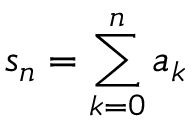
s _ { n } = \sum _ { k = 0 } ^ { n } { a _ { k } }